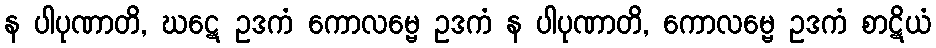
န ပါပုဏာတိ, ဃဋေ ဥဒကံ ကောလမ္ဗေ ဥဒကံ န ပါပုဏာတိ, ကောလမ္ဗေ ဥဒကံ စာဋိယံ